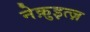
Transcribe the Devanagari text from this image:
नेक़ुइत्ज़